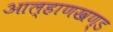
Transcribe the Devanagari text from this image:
आल्हाणखण्ड